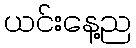
ယင်းနေ့ည